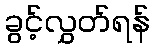
ခွင့်လွှတ်ရန်